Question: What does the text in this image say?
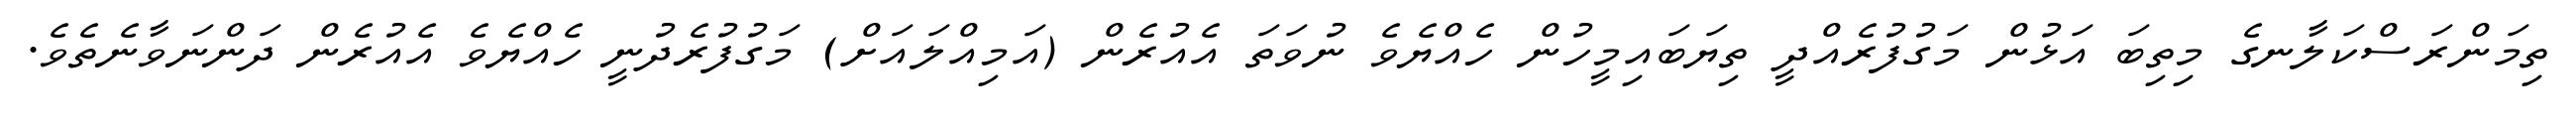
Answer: ތިމަންރަސްކަލާނގެ މިތިބަ އަޅުން މަގުފުރެއްދީ ތިޔަބައިމީހުން ހެއްޔެވެ ނުވަތަ އެއުރެން (އަމިއްލައަށް) މަގުފުރެދުނީ ހެއްޔެވެ އެއުރެން ދަންނަވާނެތެވެ.